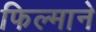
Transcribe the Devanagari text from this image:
फिल्‍माने